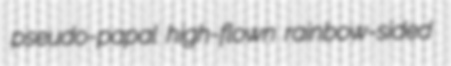
pseudo-papal high-flown rainbow-sided